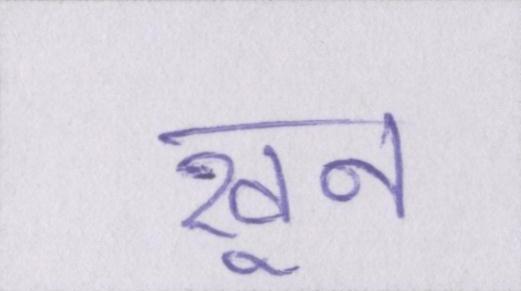
खून